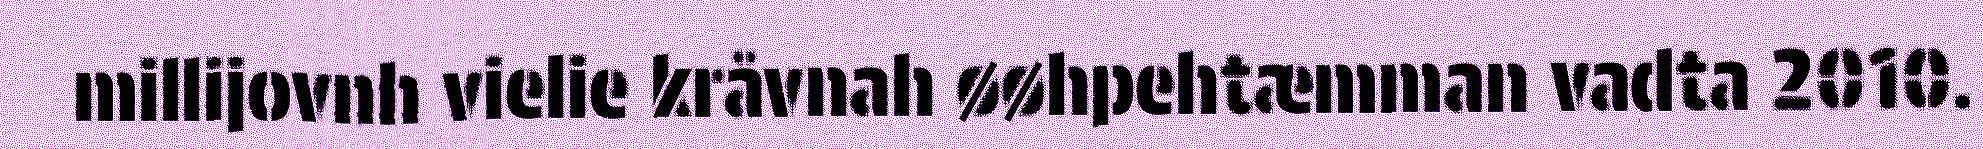
millijovnh vielie kråvnah øøhpehtæmman vadta 2010.